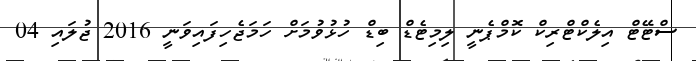
ސްޓޭޓް އިލެކްޓްރިކް ކޮމްޕެނީ ލިމިޓެޑް ބިޑް ހުޅުވުމަށް ހަމަޖެހިފައިވަނީ 2016 ޖުލައި 04